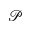
\mathscr P